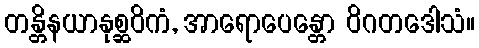
တန္တိနယာနုစ္ဆဝိကံ, အာရောပေန္တော ဝိဂတဒေါသံ။